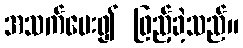
အသက်ပေး၍ ဖြည့်ခဲ့သည်။